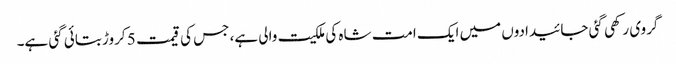
گروی رکھی گئی جائیدادوں میں ایک امت شاہ کی ملکیت والی ہے، جس کی قیمت 5 کروڑ بتائی گئی ہے۔